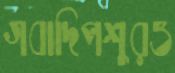
গবাদিপশুরও